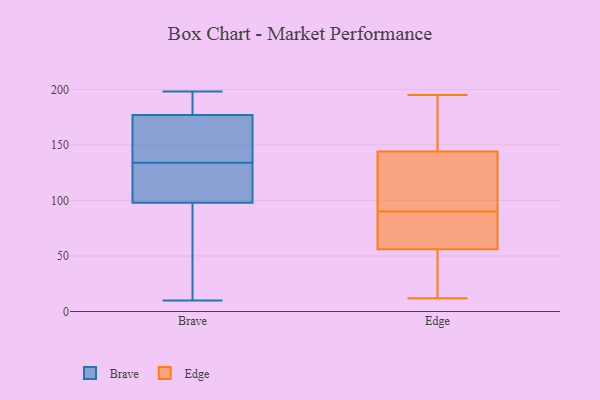
{"axis": {"x": "Satisfaction Score", "y": "Value"}, "legend": ["Brave", "Edge"], "data": [{"x": "", "y": 178, "type": "Brave"}, {"x": "", "y": 173, "type": "Brave"}, {"x": "", "y": 93, "type": "Brave"}, {"x": "", "y": 198, "type": "Brave"}, {"x": "", "y": 130, "type": "Brave"}, {"x": "", "y": 72, "type": "Brave"}, {"x": "", "y": 110, "type": "Brave"}, {"x": "", "y": 165, "type": "Brave"}, {"x": "", "y": 45, "type": "Brave"}, {"x": "", "y": 150, "type": "Brave"}, {"x": "", "y": 176, "type": "Brave"}, {"x": "", "y": 132, "type": "Brave"}, {"x": "", "y": 103, "type": "Brave"}, {"x": "", "y": 60, "type": "Brave"}, {"x": "", "y": 179, "type": "Brave"}, {"x": "", "y": 114, "type": "Brave"}, {"x": "", "y": 10, "type": "Brave"}, {"x": "", "y": 188, "type": "Brave"}, {"x": "", "y": 136, "type": "Brave"}, {"x": "", "y": 191, "type": "Brave"}, {"x": "", "y": 27, "type": "Edge"}, {"x": "", "y": 38, "type": "Edge"}, {"x": "", "y": 56, "type": "Edge"}, {"x": "", "y": 93, "type": "Edge"}, {"x": "", "y": 161, "type": "Edge"}, {"x": "", "y": 79, "type": "Edge"}, {"x": "", "y": 12, "type": "Edge"}, {"x": "", "y": 87, "type": "Edge"}, {"x": "", "y": 101, "type": "Edge"}, {"x": "", "y": 158, "type": "Edge"}, {"x": "", "y": 144, "type": "Edge"}, {"x": "", "y": 195, "type": "Edge"}, {"x": "", "y": 104, "type": "Edge"}, {"x": "", "y": 63, "type": "Edge"}]}